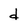
Character: d